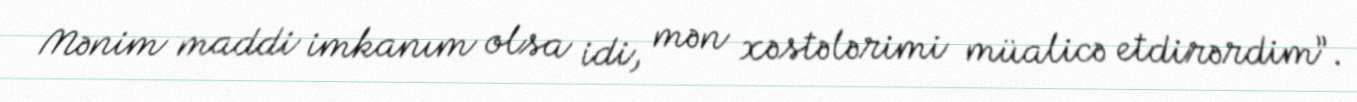
Mənim maddi imkanım olsa idi, mən xəstələrimi müalicə etdirərdim”.